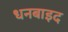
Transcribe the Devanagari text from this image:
धनबाइद